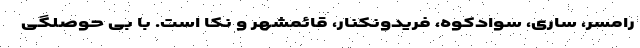
رامسر، ساری، سوادکوه، فریدونکنار، قائمشهر و نکا است. با بی حوصلگی